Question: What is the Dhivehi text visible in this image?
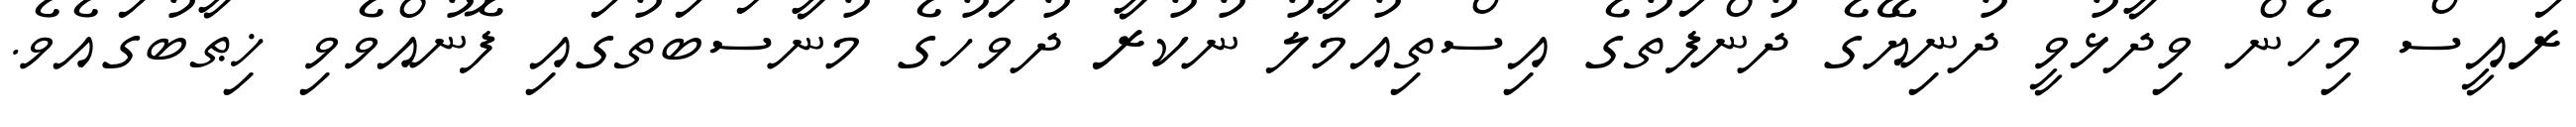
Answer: ރައީސް މިހެން ވިދާޅުވީ ދުނިޔޭގެ ދުންފަތުގެ އިސްތިއުމާލު ނުކުރާ ދުވަހުގެ މުނާސަބަތުގައި ފޮނުއްވެވި ޚިޠާބުގައެވެ.